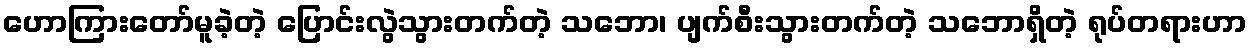
ဟောကြားတော်မူခဲ့တဲ့ ပြောင်းလွဲသွားတက်တဲ့ သဘော၊ ပျက်စီးသွားတက်တဲ့ သဘောရှိတဲ့ ရုပ်တရားဟာ